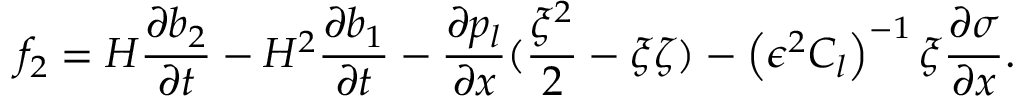
f _ { 2 } = H \frac { \partial b _ { 2 } } { \partial t } - H ^ { 2 } \frac { \partial b _ { 1 } } { \partial t } - \frac { \partial p _ { l } } { \partial x } ( \frac { \xi ^ { 2 } } { 2 } - \xi \zeta ) - \left( \epsilon ^ { 2 } C _ { l } \right) ^ { - 1 } \xi \frac { \partial \sigma } { \partial x } .